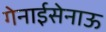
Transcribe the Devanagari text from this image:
गेनाईसेनाऊ